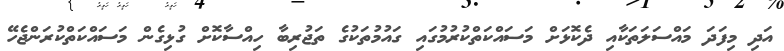
އަދި މިފަދަ މައްސަލަތަކާއި ދެކޮޅަށް މަސައްކަތްކުރުމުގައި ގައުމުތަކުގެ ތަޖުރިބާ ހިއްސާކޮށް ގުޅިގެން މަސައްކަތްކުރަންޖެހޭ